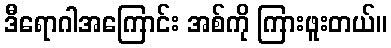
ဒီရောဂါအကြောင်း အစ်ကို ကြားဖူးတယ်။